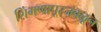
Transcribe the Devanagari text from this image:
शिंगणापूरजवळून